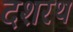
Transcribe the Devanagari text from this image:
दशरथ